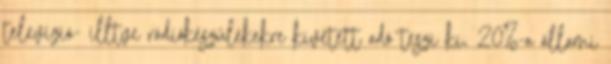
televízió- illtve rádiókészülékekre kivetett adó teszi ki, 20%-a állami